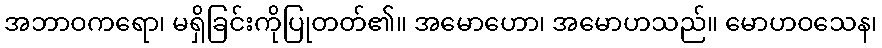
အဘာဝကရော၊ မရှိခြင်းကိုပြုတတ်၏။ အမောဟော၊ အမောဟသည်။ မောဟဝသေန၊